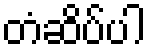
တံဆိပ်ပါ